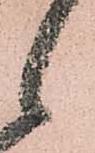
候